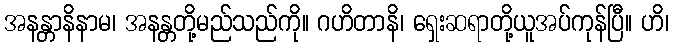
အနန္တာနိနာမ၊ အနန္တတို့မည်သည်ကို။ ဂဟိတာနိ၊ ရှေးဆရာတို့ယူအပ်ကုန်ပြီ။ ဟိ၊